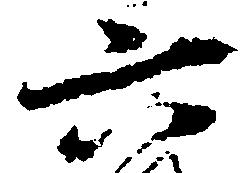
六